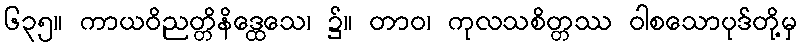
၆၃၅။ ကာယဝိညတ္တိနိဒ္ထေသေ၊ ၌။ တာဝ၊ ကုလသစိတ္တဿ ဝါစသောပုဒ်တို့မှ